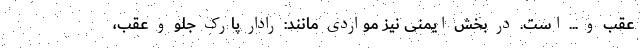
عقب و ... است. در بخش ایمنی نیز مواردی مانند: رادار پارک جلو و عقب،